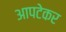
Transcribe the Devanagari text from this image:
आपटेकर